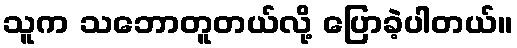
သူက သဘောတူတယ်လို့ ပြောခဲ့ပါတယ်။